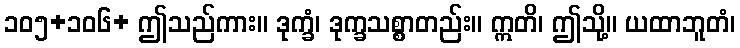
၁၀၅+၁၀၆+ ဤသည်ကား။ ဒုက္ခံ၊ ဒုက္ခသစ္စာတည်း။ ဣတိ၊ ဤသို့။ ယထာဘူတံ၊